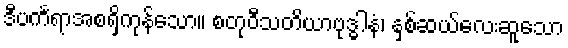
ဒီပင်္ကရာအစရှိကုန်သော။ စတုဝီသတိယာဗုဒ္ဓါနံ၊ နှစ်ဆယ်လေးဆူသော